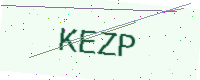
Text: KEZP